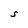
Character: S